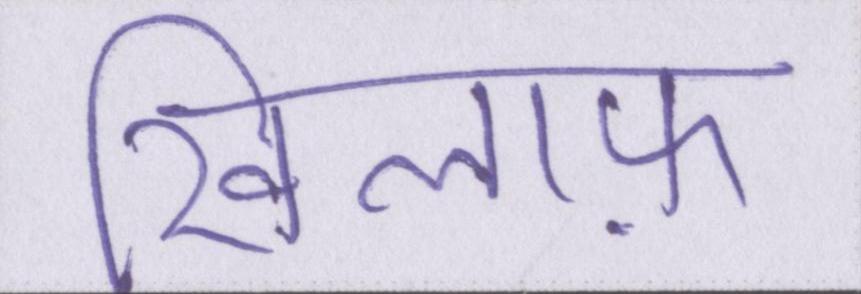
खिलाफ़